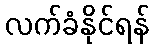
လက်ခံနိုင်ရန်